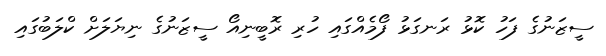
ސީޒަނުގެ ފަހު ކޮޅު ރަނގަޅު ފޯމެއްގައި ހުރި ރޮބީނިއޯ ސީޒަނުގެ ނިޔަލަށް ކްލަބުގައި